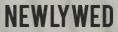
NEWLYWED